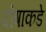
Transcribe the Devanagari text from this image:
दोषाकडे